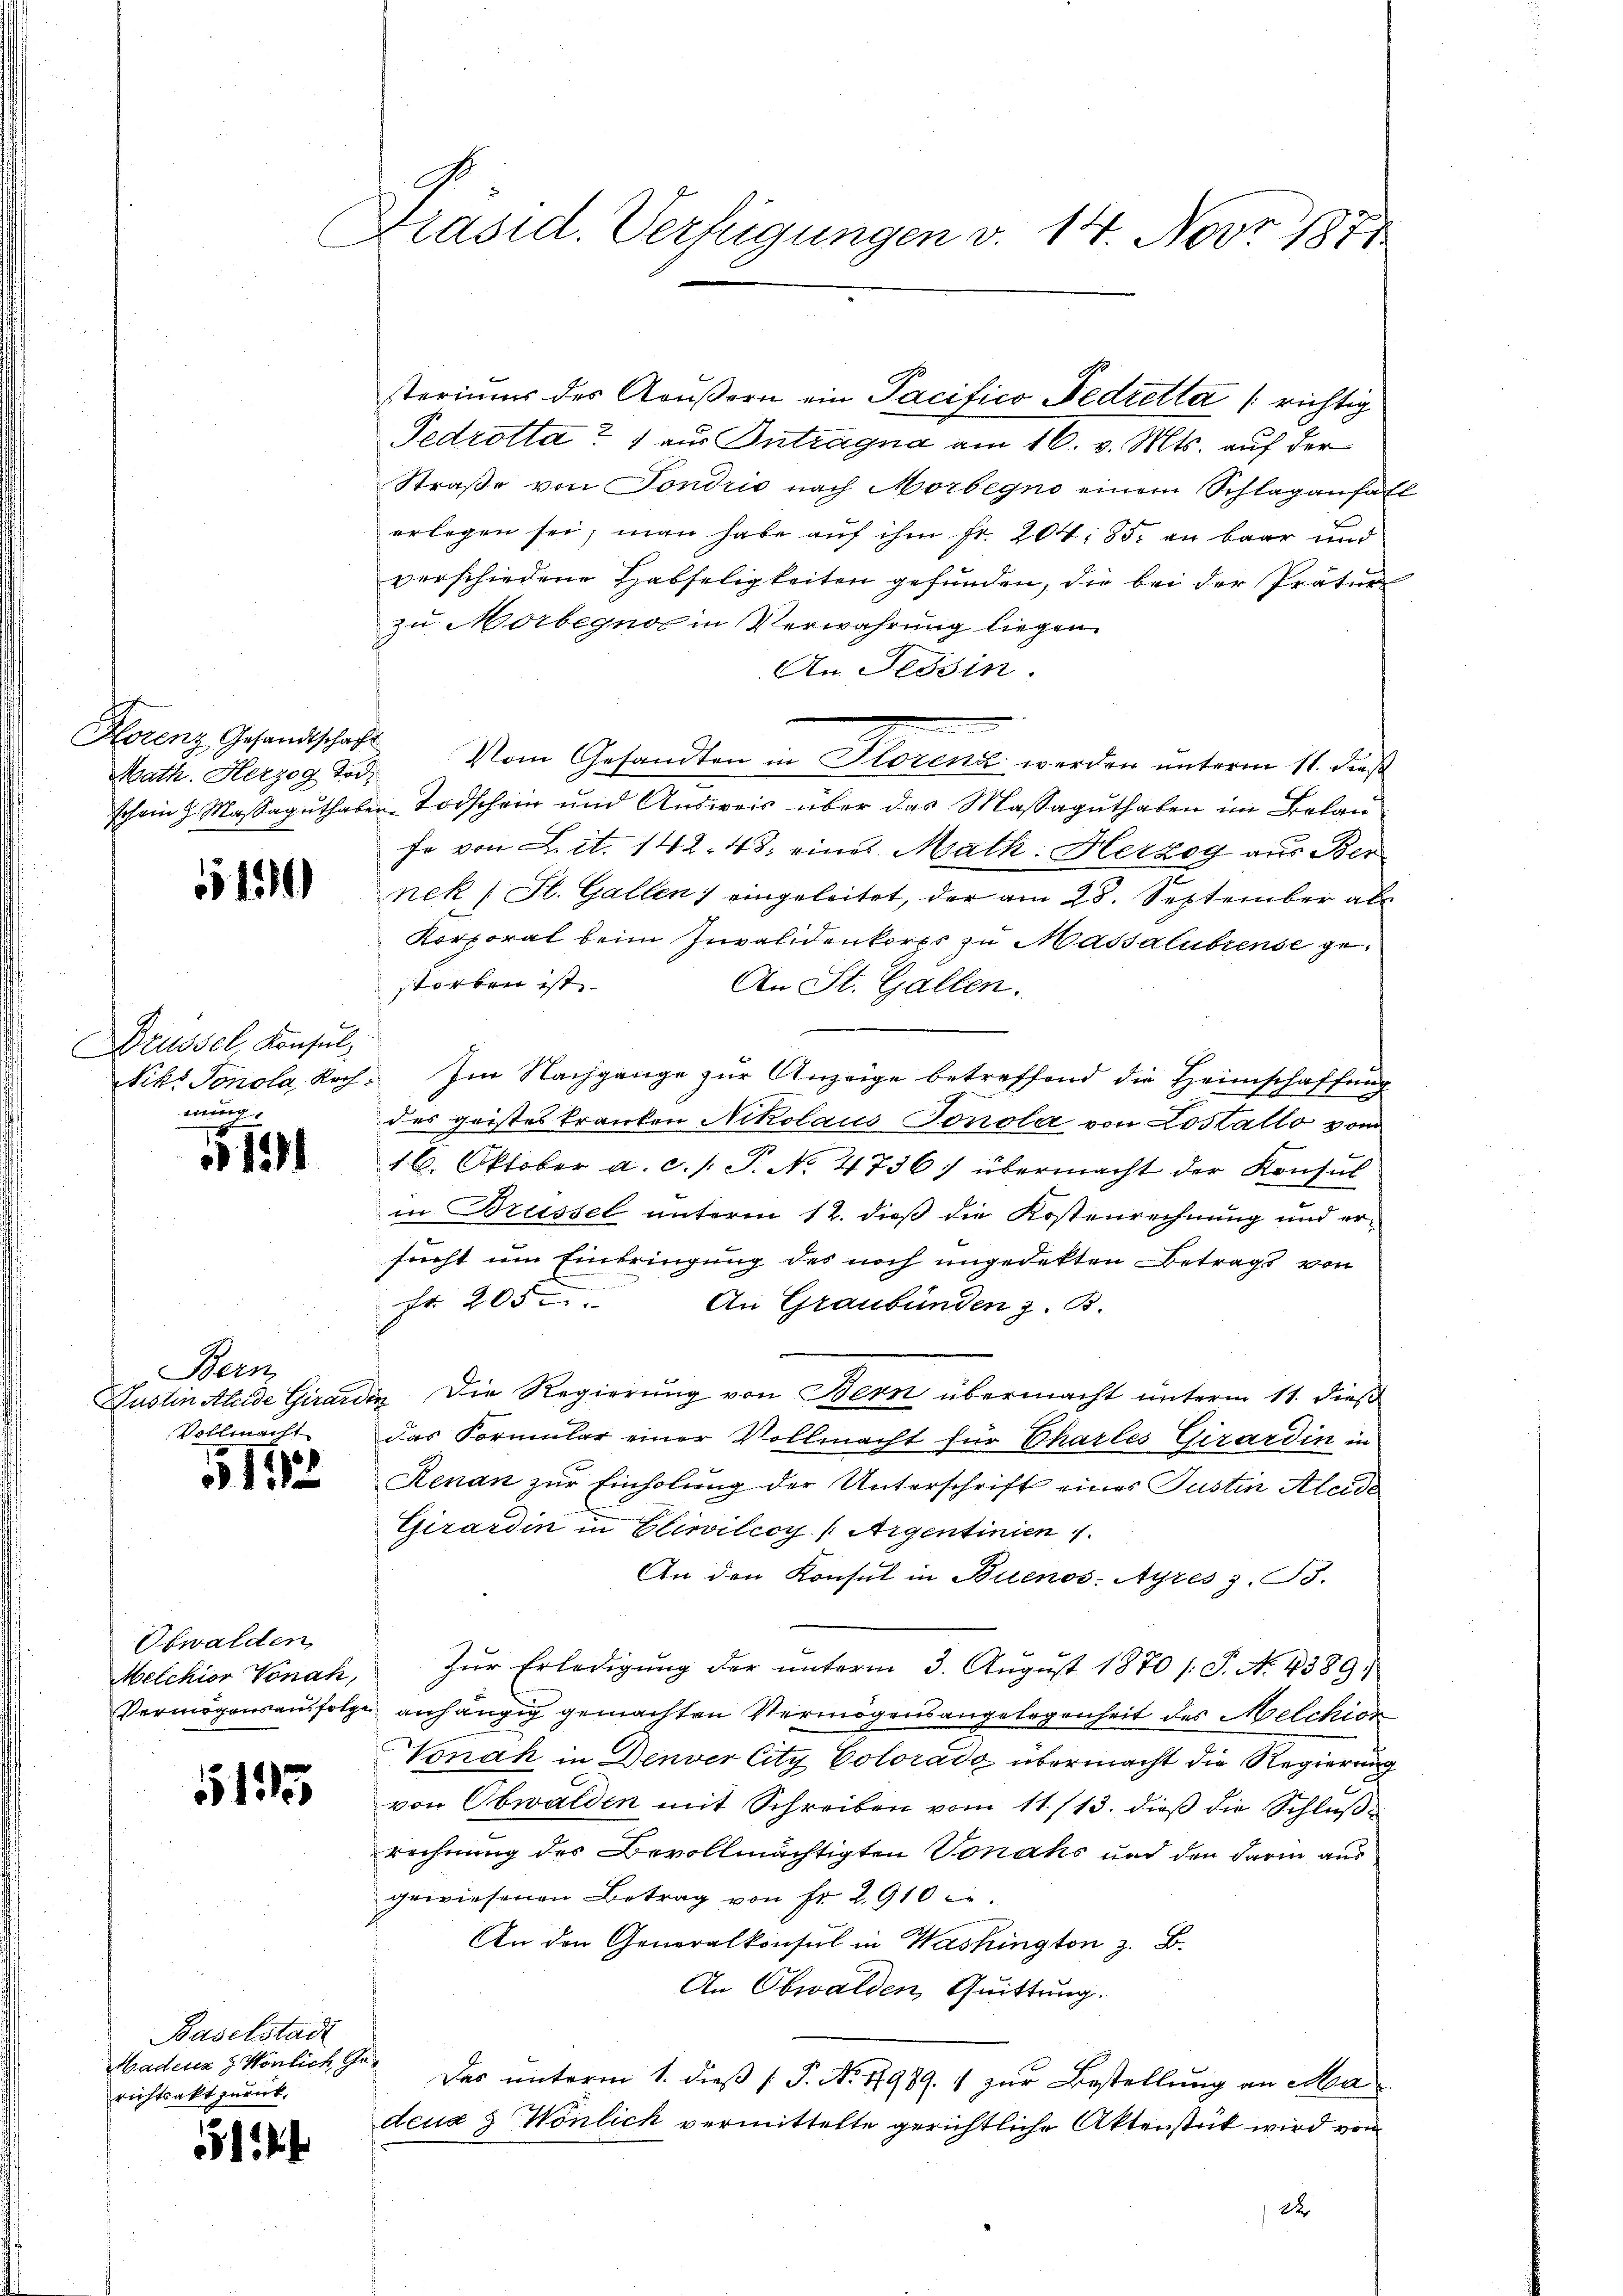
Florenz Gesandtschaft
Math. Herzog Tod
Jchein H. Massaguthabe.

514)

Drüssel, Konsul
Nikt Sonola, Rochg

11

Bern
Justin Aleide Girardi
Vollmacht

512

Obwalden
Melchior Vonah,
Vermögensausfolge

5195

Baselstadt
Maderen z Mönlich, Ge
richtsakt zurück,

1

Präsid. Verfügungen v. 14. Nov. 1811

Pedrotta? 1 aus Antragna am 16. v. Mts. auf der
Straße von Sondrio nach Morbegno einem Schlaganfall
erlegen sei, man habe aŭf ihm fr. 204. 85. an baar und
verschiedene Habseligkeiten gefunden, die bei der Präter
zu Morbegnoc in Verwahrung liegen
An Tessin.
e
Todschein und Ausweis über das Massaguthaben im Belaufe von Lit. 142. 48. eines Math. Herzog aus Ber
nek (St. Gallen; eingeleitet, der am 28. September ab
Korporat beim Invalidenkorps zu Massalubienst gestorben ist
An St. Gallen.
Im Nachgange zur Anzeige betreffend die Heimschaffung
des geistes kranken Nikolaus Tonola von Lostallo von
16. Oktober a.c. s. S. No 4736) übermacht der Konsul
in Brüssel unterm 12. dieß die Kostenrechnung und ersucht um Eintringung des noch ungedekten Betrags von
fr 205.
An Graubünden z. B.
 Die Regierung von Bern übermacht unterm 11. dieß
das Formular einer Vollmacht für Charles Girardin in
Renan zur Einholung der Unterschrift eines Justin Aleide
Girardin in Elirilccy (Argentinien
An den Konsul in Buenos Ayres z. B.
Zŭr Erledigŭng der ŭnterm 3. Aŭgŭst 1870 /: P. N. 4389.
anhängig gemachten Vermögensangelegenheit des Melchior
Vonak in Denver City Colorada übermacht die Regierung
von Obwalden mit Schreiben vom 11./13. dieß die Schlußrechnung des Bevollmächtigten Vonaks und den darin aus
gewiesenen Betrag von fr. 2910 c.
An den Generalkonsul in Washington z. B.
An Obwalden Quittung.
Das unterm 1. dieß (T. N. 1989. 4 zur Bestellung an Madeus & Wönlich vermittelte gerichtliche Aktenstük wird von
2x

steriums des Aeußern ein Pacifico Fedretta (richtig

Vom Gesandten in Florenz werden unterm 11. dieß